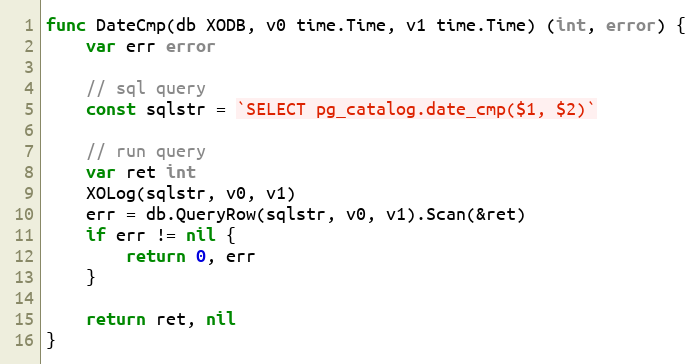
Language: Go
func DateCmp(db XODB, v0 time.Time, v1 time.Time) (int, error) {
	var err error

	// sql query
	const sqlstr = `SELECT pg_catalog.date_cmp($1, $2)`

	// run query
	var ret int
	XOLog(sqlstr, v0, v1)
	err = db.QueryRow(sqlstr, v0, v1).Scan(&ret)
	if err != nil {
		return 0, err
	}

	return ret, nil
}